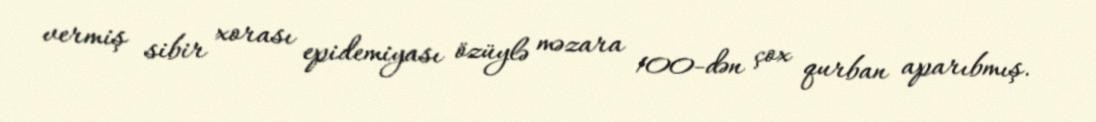
vermiş sibir xorası epidemiyası özüylə məzara 100-dən çox qurban aparıbmış.